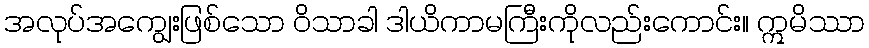
အလုပ်အကျွေးဖြစ်သော ဝိသာခါ ဒါယိကာမကြီးကိုလည်းကောင်း။ ဣမိဿာ